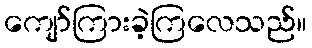
ကျော်ကြားခဲ့ကြလေသည်။